Scottish Leaving Certificate Examination, 1958
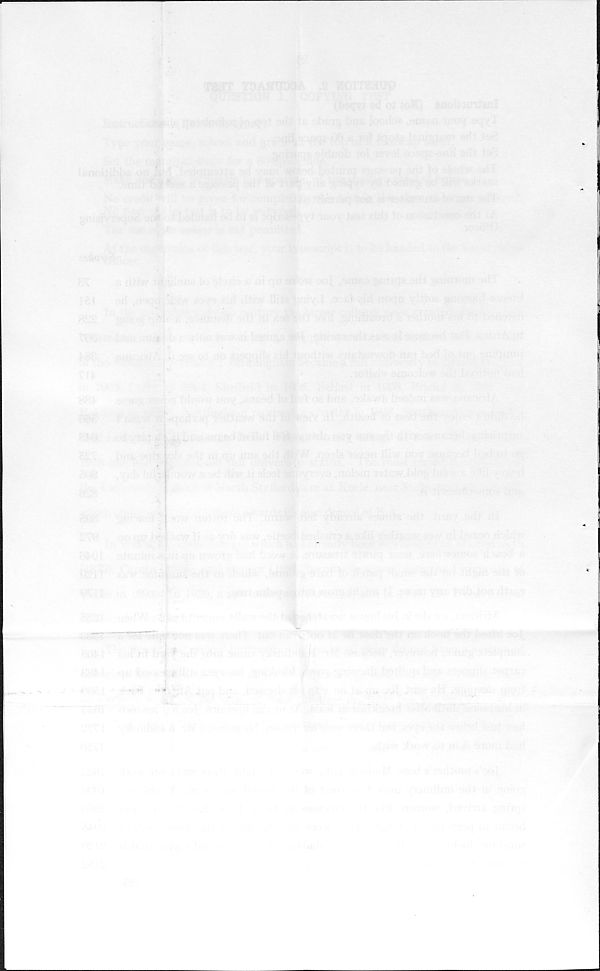
f :
:
~
' '
- , =■ >-. i *